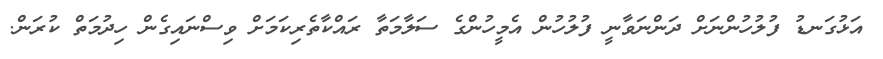
އަޅުގަނޑު ފުލުހުންނަށް ދަންނަވާނީ ފުލުހުން އެމީހުންގެ ސަލާމަތާ ރައްކާތެރިކަމަށް ވިސްނައިގެން ހިދުމަތް ކުރަން.